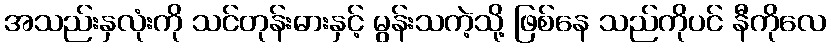
အသည်းနှလုံးကို သင်တုန်းဓားနှင့် မွန်းသကဲ့သို့ ဖြစ်နေ သည်ကိုပင် နီကိုလေ